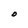
Character: O